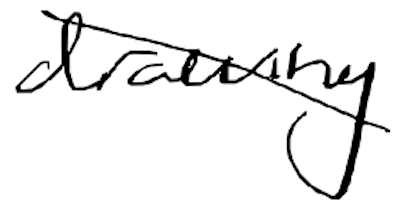
Text: drawing
Cross-out: diagonal
Writing tool: digital_black